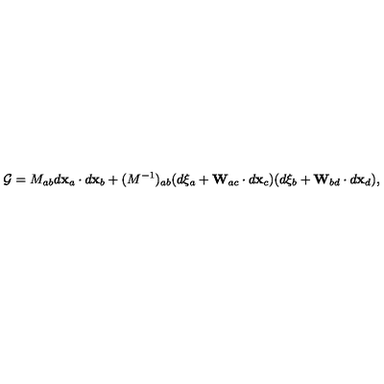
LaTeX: { \cal G } = M _ { a b } d { \bf x } _ { a } \cdot d { \bf x } _ { b } + ( M ^ { - 1 } ) _ { a b } ( d \xi _ { a } + { \bf W } _ { a c } \cdot d { \bf x } _ { c } ) ( d \xi _ { b } + { \bf W } _ { b d } \cdot d { \bf x } _ { d } ) ,